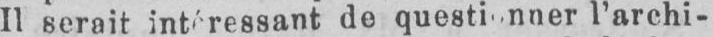
l’archi-